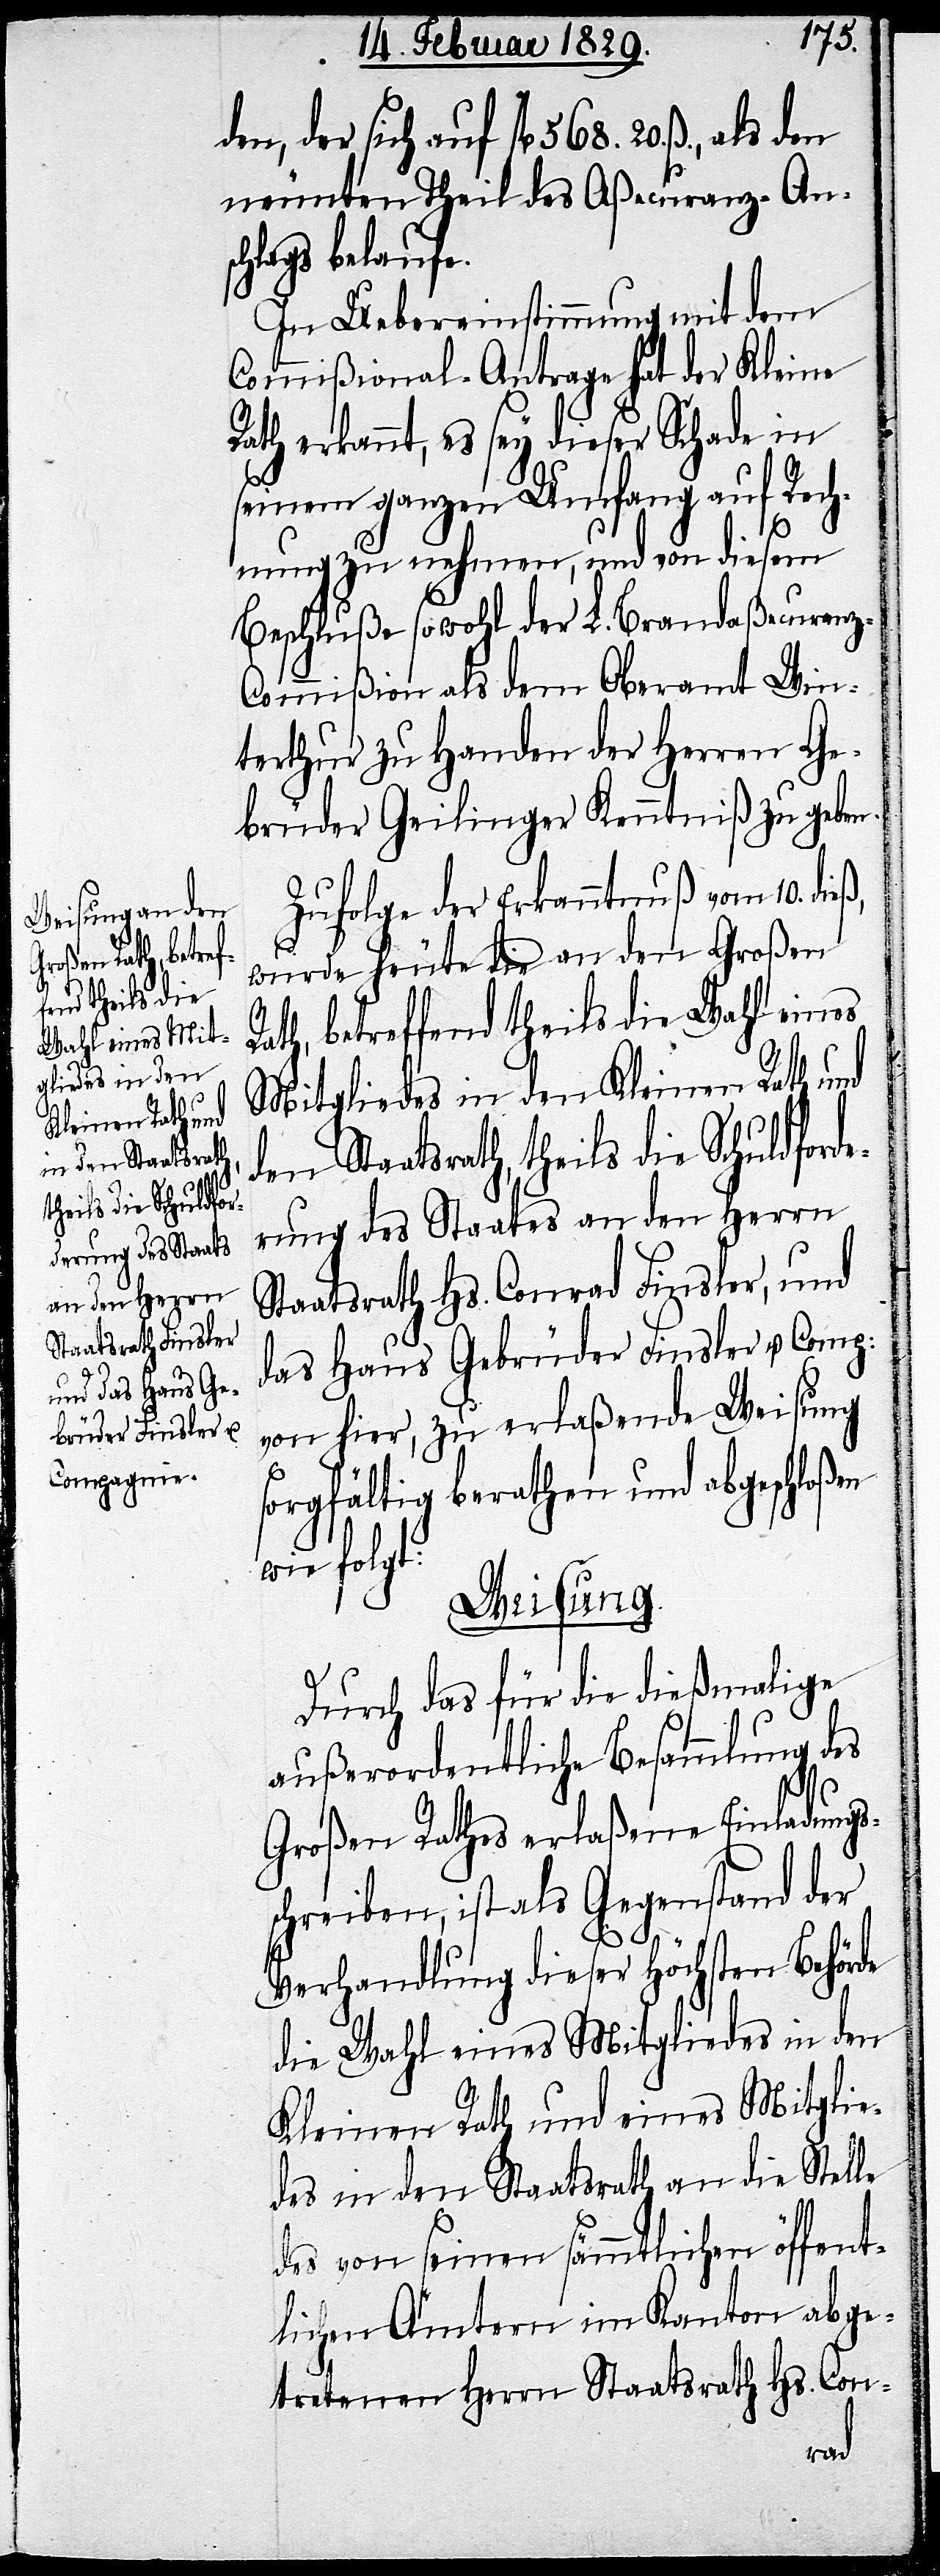
den Staatsrath,
theils die Schuldfor¬
R¬
derung des Staates
an den Herrn

den, der sich auf fl. 568. 20. ß., als
neunten Theil des Aßecuranz-An¬
schlags belaufe.
In Uebereinstimmung mit dem
Commißional-Antrage hat der Kleine
ath erkannt, es sey dieser Schade in
seinem ganzem Umfang auf Rech¬
nung zu nehmen, und von diesem
Beschluße sowohl der L. Brandaßecuranz-C¬
ommißion als dem Oberamt Win¬
terthur zu Handen der Herren Ge¬
brüder Geilinger Kenntniß zu geben.
Zufolge der Erkanntnuß vom 10. die¬
ß,
wurde heute die an den Großen
Rath, betreffend theils die Wahl eines
Mitgliedes in den Kleinen Rath und
Staatsrath Hs. Conrad Finsler, und
das Haus Gebrüder Finsler u. Comp:
von hier, zu erlaßende Weisung
sorgfältig berathen und abgeschloßen
wie folgt:
Weisung.
Durch das für die dießmalige
außerordentliche Besammlung des
Großen Rathes erlaßene Einladungs¬
schreiben, ist als Gegenstand der
Verhandlung dieser höchsten Behörde
die Wahl eines Mitgliedes in den
Kleinen Rath und eines Mitglie¬
des in den Staatsrath an die Stelle
des von seinen sämmtlichen öffent¬
lichen Ämtern im Kanton abge¬
tretenen Herrn Staatsrath Hs. Con-
den